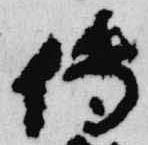
傳